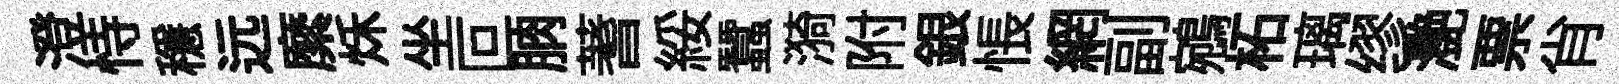
澄恃穩远縻秌坐叵朒蓍綏蠶漪附銀悵網副鵷柘璃缪灧票肖